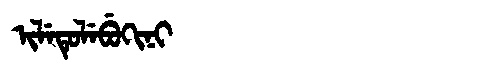
Manchu: ᡳᠯᡝᡨᡠᠯᡝᠪᡠᡴᡳᠨᡳ
Romanization: ILETULEBUKINI